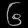
Digit: ၆